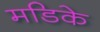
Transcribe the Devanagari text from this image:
मडिके